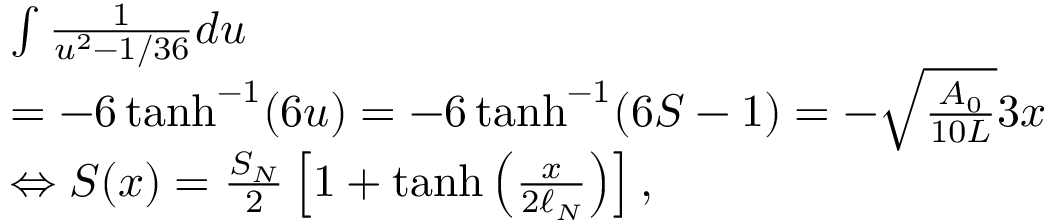
\begin{array} { r l } & { \int \frac { 1 } { u ^ { 2 } - 1 / 3 6 } d u } \\ & { = - 6 \operatorname { t a n h } ^ { - 1 } ( 6 u ) = - 6 \operatorname { t a n h } ^ { - 1 } ( 6 S - 1 ) = - \sqrt { \frac { A _ { 0 } } { 1 0 L } } 3 x } \\ & { \Leftrightarrow S ( x ) = \frac { S _ { N } } { 2 } \left[ 1 + \operatorname { t a n h } \left( \frac { x } { 2 \ell _ { N } } \right) \right] , } \end{array}